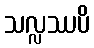
သလ္လဿပိ